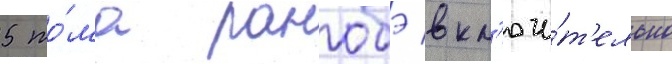
5 то́ма ранобэ вкл'ючи́т'ельно